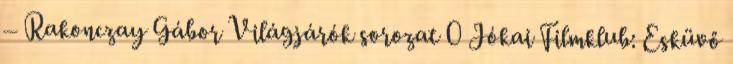
– Rakonczay Gábor Világjárók sorozat 0 Jókai Filmklub: Esküvő